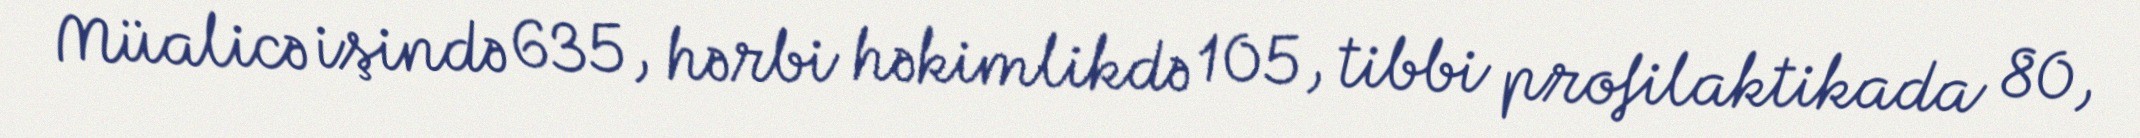
Müalicə işində 635, hərbi həkimlikdə 105, tibbi profilaktikada 80,